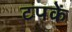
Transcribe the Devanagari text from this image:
टपकें